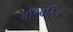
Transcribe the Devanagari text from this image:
वॉल्वरिन